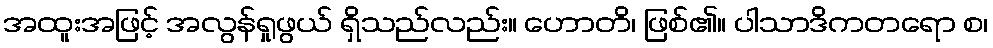
အထူးအဖြင့် အလွန်ရှုဖွယ် ရှိသည်လည်း။ ဟောတိ၊ ဖြစ်၏။ ပါသာဒိကတရော စ၊